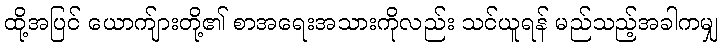
ထို့အပြင် ယောက်ျားတို့၏ စာအရေးအသားကိုလည်း သင်ယူရန် မည်သည့်အခါကမျှ